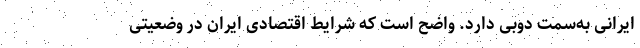
ایرانی به‌سمت دوبی دارد. واضح است که شرایط اقتصادی ایران در وضعیتی